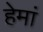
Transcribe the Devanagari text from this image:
हेमां